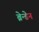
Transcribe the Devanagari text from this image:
ब्रेन्डेन